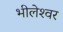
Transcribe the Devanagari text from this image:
भीलेश्‍वर